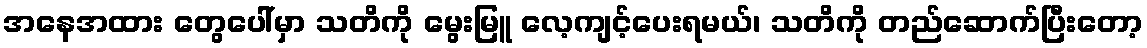
အနေအထား တွေပေါ်မှာ သတိကို မွေးမြူ လေ့ကျင့်ပေးရမယ်၊ သတိကို တည်ဆောက်ပြီးတော့